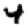
Digit: 4